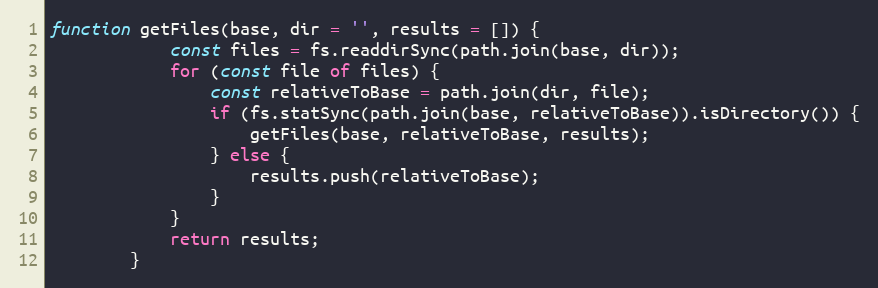
Language: JavaScript
function getFiles(base, dir = '', results = []) {
            const files = fs.readdirSync(path.join(base, dir));
            for (const file of files) {
                const relativeToBase = path.join(dir, file);
                if (fs.statSync(path.join(base, relativeToBase)).isDirectory()) {
                    getFiles(base, relativeToBase, results);
                } else {
                    results.push(relativeToBase);
                }
            }
            return results;
        }